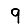
Digit: 9